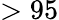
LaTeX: >95